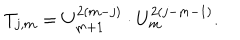
LaTeX: T _ { j , m } = U _ { m + 1 } ^ { 2 ( m - j ) } \cdot U _ { m } ^ { 2 ( j - m - 1 ) } .